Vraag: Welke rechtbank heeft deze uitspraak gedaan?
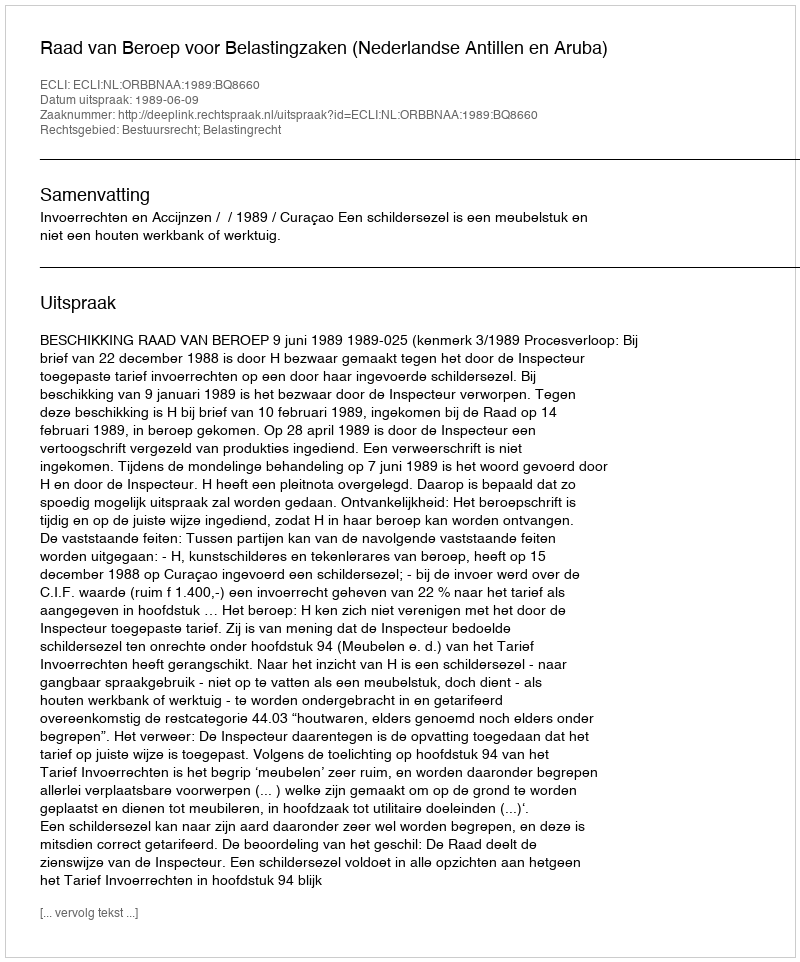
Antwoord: Raad van Beroep voor Belastingzaken (Nederlandse Antillen en Aruba)